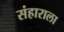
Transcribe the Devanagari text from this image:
संहाराला